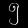
Digit: ၅